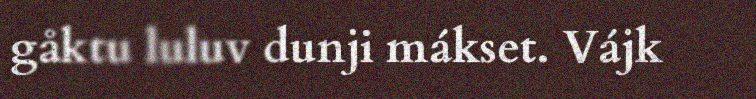
gåktu luluv dunji mákset. Vájk